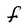
Character: f